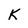
Character: K